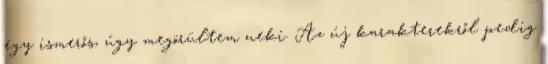
egy ismerős, úgy megörültem neki. Az új karakterekről pedig